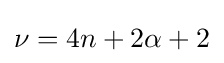
\nu =4n+2\alpha +2